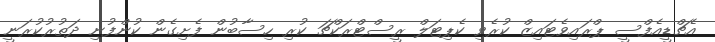
އެޗްޑީއެފްސީ ޕްރައިވެޓައިޒް ކުރެވި ކެޕިޓަލް ރީސްޓްރަކްޗަ ކުރި ހިސާބުން ފެށިގެން ކުންފުނި ދަތުރުކުރަނީ